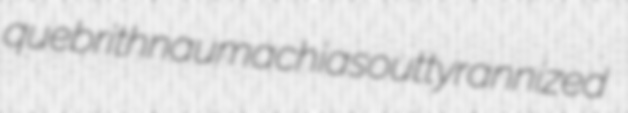
quebrith naumachias outtyrannized